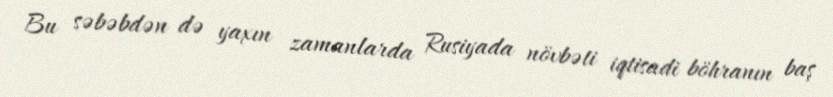
Bu səbəbdən də yaxın zamanlarda Rusiyada növbəti iqtisadi böhranın baş